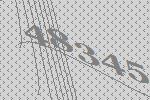
48345